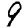
Digit: 9